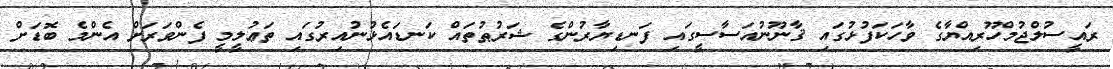
ރައީސުލްޖުމްހޫރިއްޔާގެ ވާހަކަފުޅުގައި ޤާނޫނުއަސާސީގައި ފަނޑިޔާރުންގެ ޝަރުޠުތައް ކަނޑައެޅުނުއިރުގައި ތަޢުލީމީ ފެންވަރަށް އެންމެ ބޮޑަށް